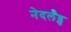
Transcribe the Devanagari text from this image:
नेदर्लँड्स